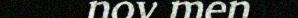
nov men